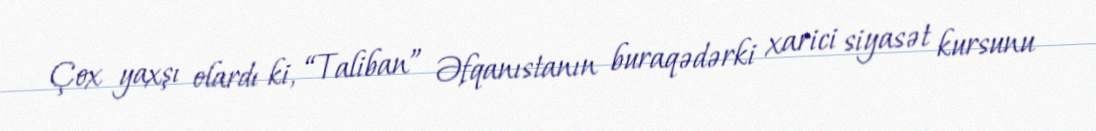
Çox yaxşı olardı ki, “Taliban” Əfqanıstanın buraqədərki xarici siyasət kursunu